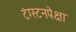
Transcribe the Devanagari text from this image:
टंग्स्टनपेक्षा